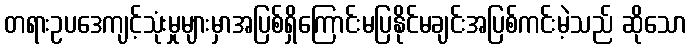
တရားဥပဒေကျင့်သုံးမှုများမှာအပြစ်ရှိကြောင်းမပြနိုင်မချင်းအပြစ်ကင်းမဲ့သည် ဆိုသော